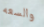
والسعه